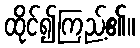
ထိုင်၍ကြည့်၏။